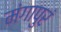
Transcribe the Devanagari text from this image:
मंगापुरं